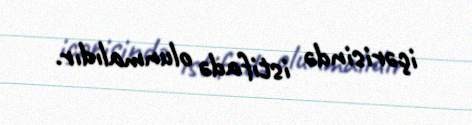
içərisində istifadə olunmalıdır.